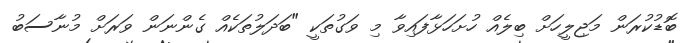
ބޮޑުކުރަން މަޖިލީހަށް ބިލެއް ހުށަހަޅާފައިވާ މި ވަގުތަކީ "ބަދަލުތަކެއް ގެންނަން ވަރަށް މުނާސަބު